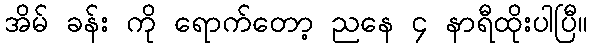
အိမ် ခန်း ကို ရောက်တော့ ညနေ ၄ နာရီထိုးပါပြီ။